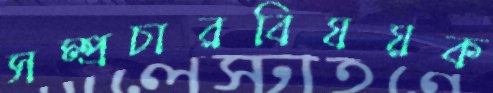
সম্প্রচারবিষয়ক